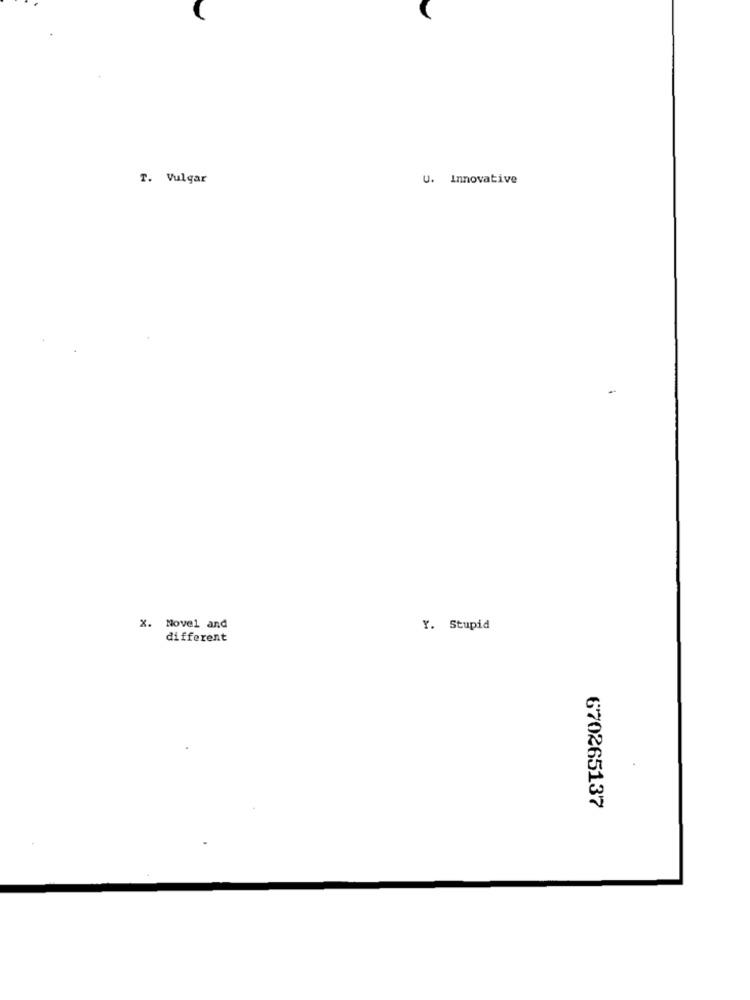
T. Vulgar
U. Innovative
X. Movel and
Y. Stupid
different
670265137